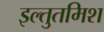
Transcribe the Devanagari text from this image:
इल्‍तुतमिश